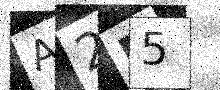
Text: A2M5